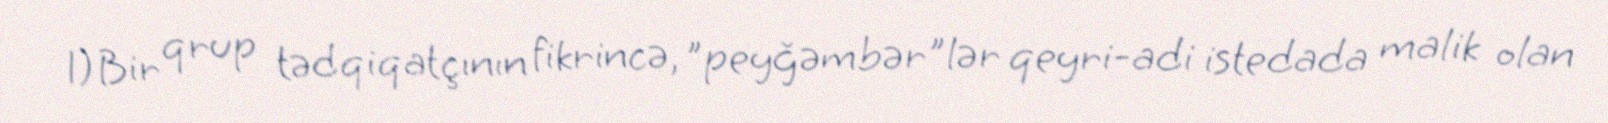
1)Bir qrup tədqiqatçının fikrincə, "peyğəmbər"lər qeyri-adi istedada malik olan